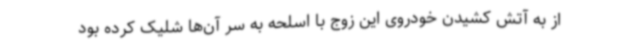
از به آتش کشیدن خودروی این زوج با اسلحه به سر آن‌ها شلیک کرده بود